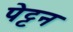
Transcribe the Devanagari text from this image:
पेट्टन